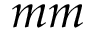
m m